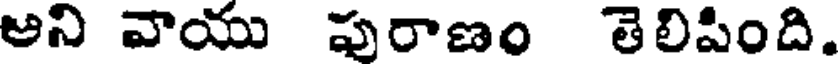
అని వాయు పురాణం తెలిపింది.